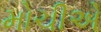
મોચીએ